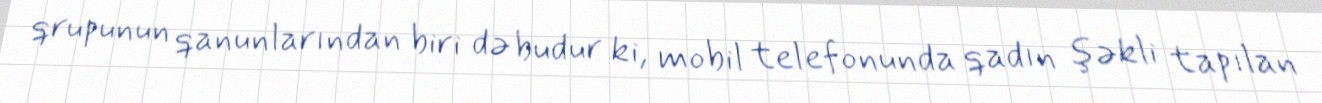
qrupunun qanunlarından biri də budur ki, mobil telefonunda qadın şəkli tapılan